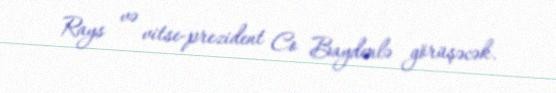
Rays və vitse-prezident Co Baydenlə görüşəcək.